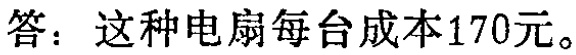
答：这种电扇每台成本170元。